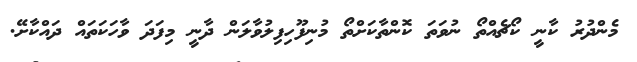
މެންދުރު ކާނީ ކޯޗެއްތޯ ނުވަތަ ކޮންތާކަށްތޯ މުނިފޫހިފިލުވާލަން ދާނީ މިފަދަ ވާހަކަތައް ދައްކާށޭ.